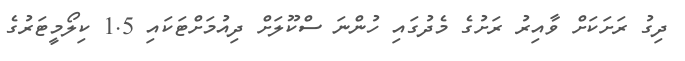
ދިގު ރަށަކަށް ވާއިރު ރަށުގެ މެދުގައި ހުންނަ ސްކޫލަށް ދިއުމަށްޓަކައި 1.5 ކިލޯމީޓަރުގެ